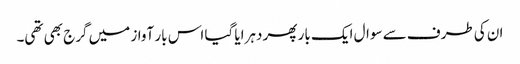
ان کی طرف سے سوال ایک بار پھر دہرایا گیا اس بار آواز میں گرج بھی تھی۔